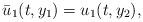
LaTeX: \begin{align*}\bar{u}_1(t,y_1)=u_1(t,y_2),\end{align*}